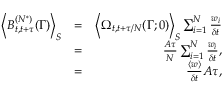
\begin{array} { r l r } { \left< B _ { t , t + \tau } ^ { ( N ^ { * } ) } ( \Gamma ) \right> _ { S } } & { = } & { \left< \Omega _ { t , t + \tau / N } ( \Gamma ; 0 ) \right> _ { S } \sum _ { i = 1 } ^ { N } \frac { w _ { i } } { \delta t } } \\ & { = } & { \frac { A \tau } { N } \sum _ { i = 1 } ^ { N } \frac { w _ { i } } { \delta t } , } \\ & { = } & { \frac { \left< w \right> } { \delta t } A \tau , } \end{array}